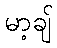
မာ့ချ်